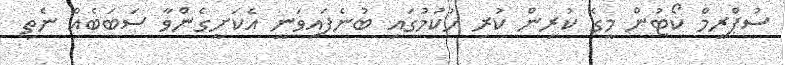
ސުޕްރީމް ކޯޓުން މީގެ ކުރިން ކުރި ހުކުމުގައި ބުނެފައިވަނީ އެކަށީގެންވާ ސަބަބެއް ނެތި